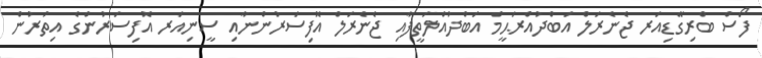
ފޯސް ބްރިގޭޑިއަރ ޖެނެރަލް އަބްދުއްރަޙީމް އަބްދުއްލަތީފާއި ޖެނެރަލް އޮފިސަރުންނާއި ސީނިއަރ އޮފިސަރުންގެ އިތުރުން